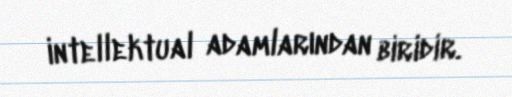
intellektual adamlarından biridir.